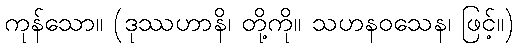
ကုန်သော။ (ဒုဿဟာနိ၊ တို့ကို။ သဟနဝသေန၊ ဖြင့်။)